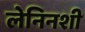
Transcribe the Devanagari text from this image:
लेनिनशी